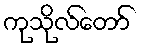
ကုသိုလ်တော်